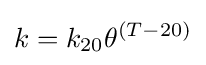
k=k_{20}\theta ^{(T-20)}